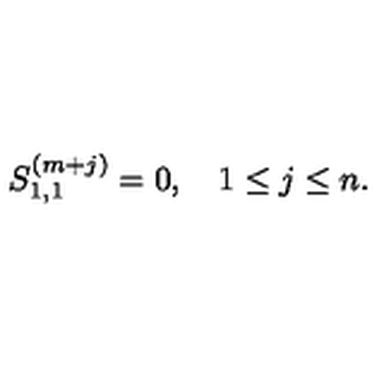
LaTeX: S _ { 1 , 1 } ^ { ( m + j ) } = 0 , \quad 1 \le j \le n .